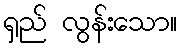
ရှည် လွန်းသော။